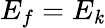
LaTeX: E_{f}=E_{\mathit{k}}